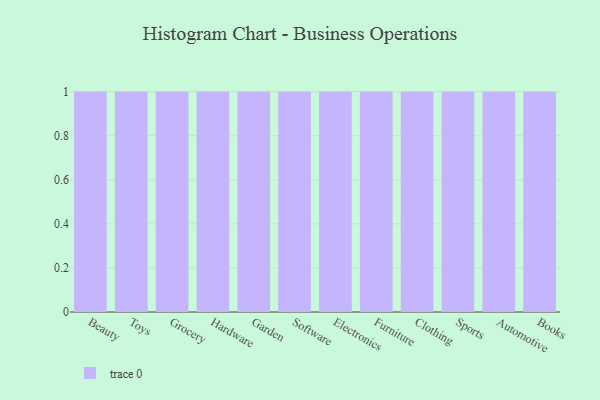
{"axis": {"x": "Category", "y": "Tickets Resolved"}, "legend": [""], "data": [{"x": "Beauty", "y": 31, "type": ""}, {"x": "Toys", "y": 43, "type": ""}, {"x": "Grocery", "y": 49, "type": ""}, {"x": "Hardware", "y": 32, "type": ""}, {"x": "Garden", "y": 64, "type": ""}, {"x": "Software", "y": 98, "type": ""}, {"x": "Electronics", "y": 72, "type": ""}, {"x": "Furniture", "y": 82, "type": ""}, {"x": "Clothing", "y": 48, "type": ""}, {"x": "Sports", "y": 19, "type": ""}, {"x": "Automotive", "y": 98, "type": ""}, {"x": "Books", "y": 68, "type": ""}]}